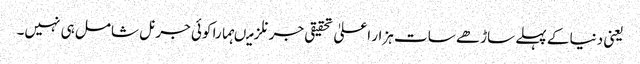
یعنی دنیا کے پہلے ساڑھے سات ہزار اعلیٰ تحقیقی جرنلز میںہمارا کوئی جرنل شامل ہی نہیں۔